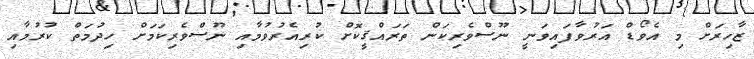
ޒާހިރަށް މި އެވޯޑް އަރުވާފައިވަނީ ނޫސްވެރިކަން ތަރައްޤީކޮށް ކުރިއެރުވުމާއި ނޫސްވެރިކަމަށް ހިދުމަތް ކުރުމާއި